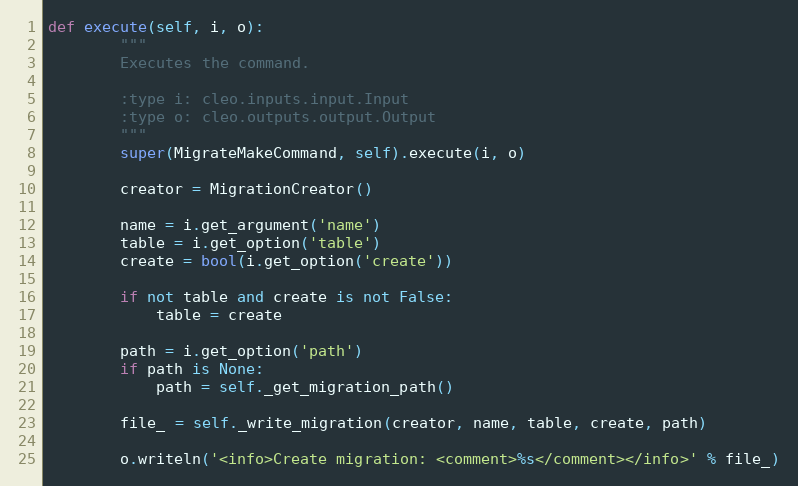
Language: Python
def execute(self, i, o):
        """
        Executes the command.

        :type i: cleo.inputs.input.Input
        :type o: cleo.outputs.output.Output
        """
        super(MigrateMakeCommand, self).execute(i, o)

        creator = MigrationCreator()

        name = i.get_argument('name')
        table = i.get_option('table')
        create = bool(i.get_option('create'))

        if not table and create is not False:
            table = create

        path = i.get_option('path')
        if path is None:
            path = self._get_migration_path()

        file_ = self._write_migration(creator, name, table, create, path)

        o.writeln('<info>Create migration: <comment>%s</comment></info>' % file_)